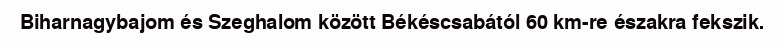
Biharnagybajom és Szeghalom között Békéscsabától 60 km-re északra fekszik.